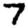
Digit: 7